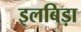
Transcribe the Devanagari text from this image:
इलबिड़ा